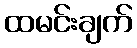
ထမင်းချက်